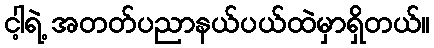
ငါ့ရဲ့ အတတ်ပညာနယ်ပယ်ထဲမှာရှိတယ်။